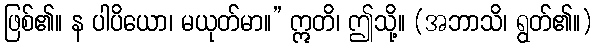
ဖြစ်၏။ န ပါပိယော၊ မယုတ်မာ။” ဣတိ၊ ဤသို့။ (အဘာသိ၊ ရွတ်၏။)